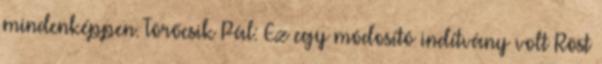
mindenképpen. Törőcsik Pál: Ez egy módosító indítvány volt Röst